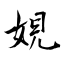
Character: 娊